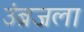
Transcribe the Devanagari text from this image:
उंब्रजला